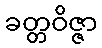
ခတ္တဝိဇ္ဇာ